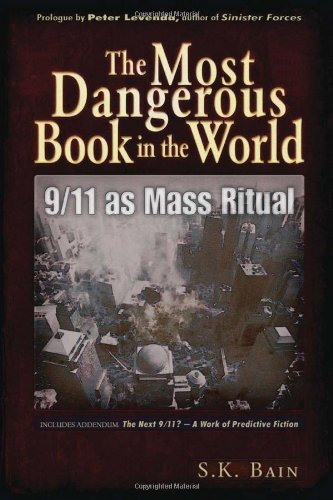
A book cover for The Most Dangerous Book in the World: 9/11 as Mass Ritual; S. K. Bain; Religion & Spirituality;